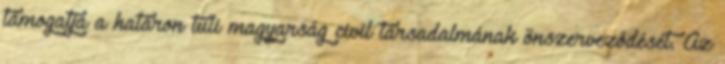
támogatja a határon túli magyarság civil társadalmának önszerveződését. Az